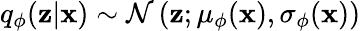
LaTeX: q_{\phi}(\mathbf{z}|\mathbf{x})\sim\mathcal{N}\left(\mathbf{z};\mu_{\phi}(\mathbf{x}),\sigma_{\phi}(\mathbf{x})\right)